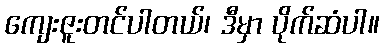
ကျေးဇူးတင်ပါတယ်၊ ဒီမှာ ပိုက်ဆံပါ။